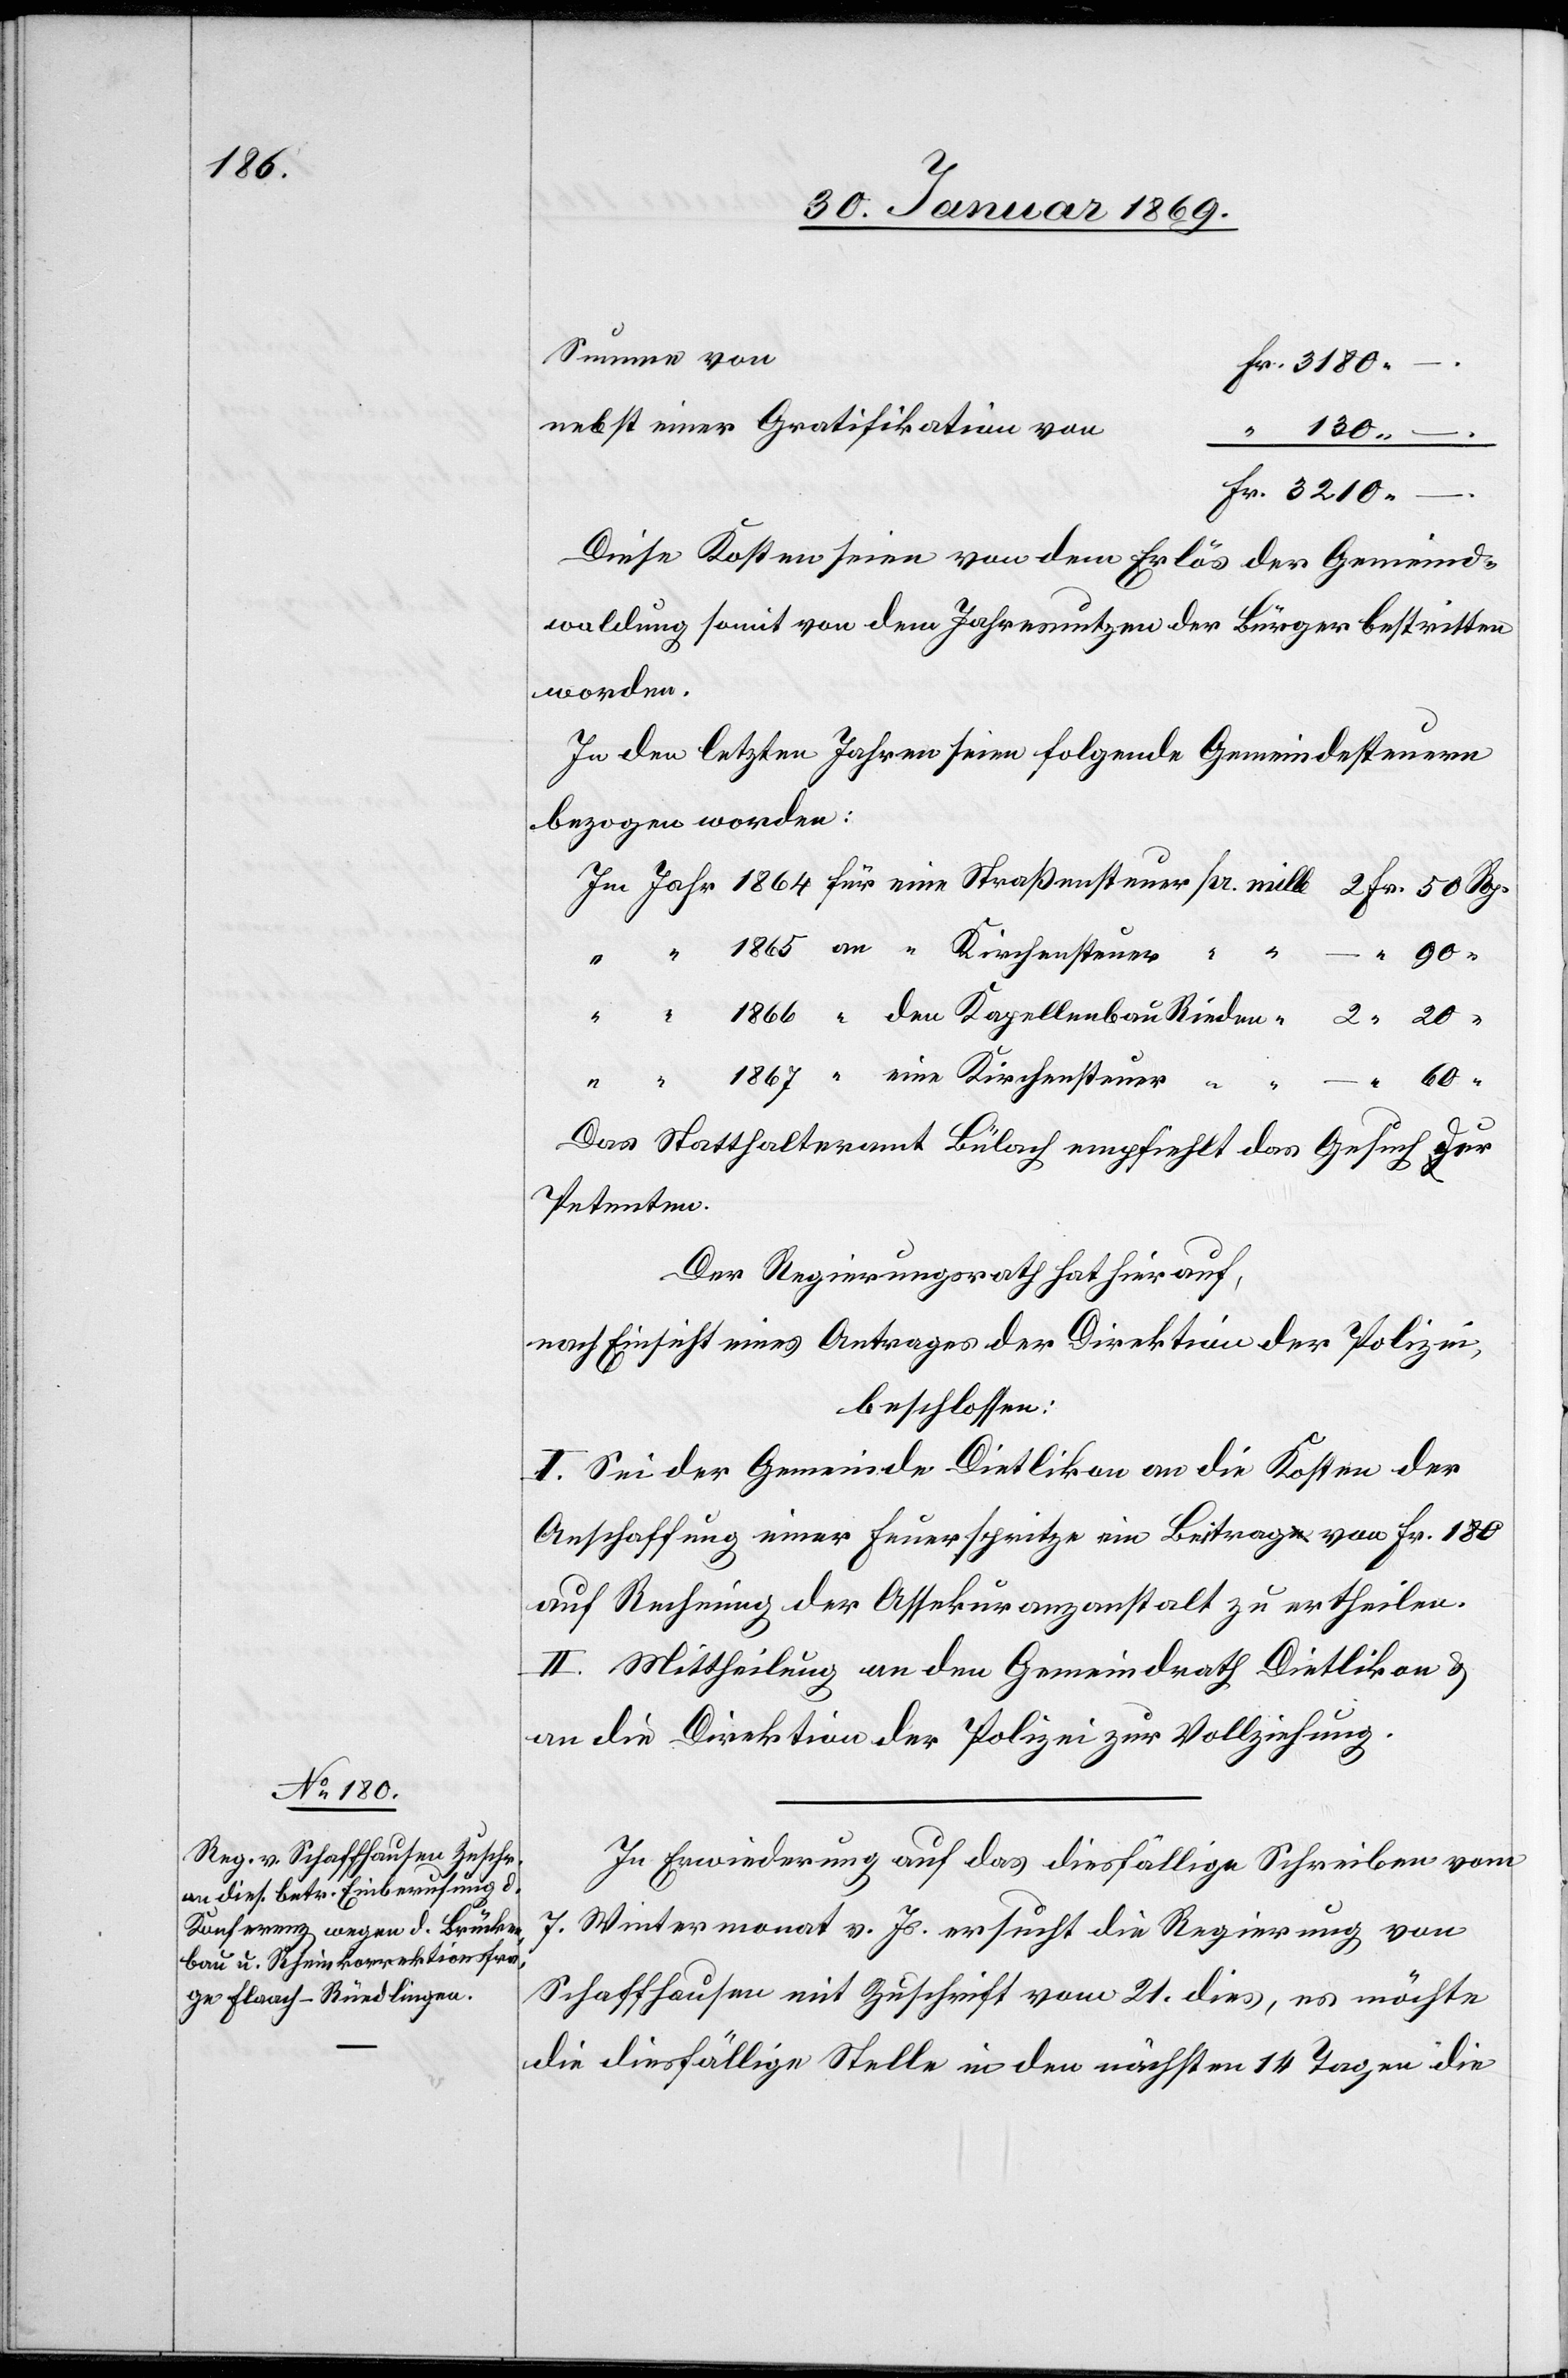
Summe von
Fr. 3180.
nebst einer Gratifikation vo¬
“ 130. –
Fr. 3210.
–
Diese Kosten seien von dem Erlös der Gemeinds¬
waldung somit von dem Jahresnutzen der Bürger bestritten
worden.
In den letzten Jahren seien folgende Gemeindssteuern
bezogen worden:
Im Jahr 1864 für eine Straßensteuer pr. mille 		2 Fr. 50 Rp.
Das Statthalteramt Bülach empfiehlt das Gesuch der
Petenten.
Der Regierungsrath hat hierauf,
nach Einsicht eines Antrages der Direktion der Polizei,
beschlossen:
I. Sei der Gemeinde Dietlikon an die Kosten der
Anschaffung einer Feuerspritze ein Beitrag von Fr. 180
auf Rechnung der Assekuranzanstalt zu ertheilen.
II. Mittheilung an den Gemeindrath Dietlikon u.
an die Direktion der Polizei zur Vollziehung.
In Erwiederung auf das diesfällige Schreiben vom
7. Wintermonat v. Js. ersucht die Regierung von
Schaffhausen mit Zuschrift vom 21. dies, es möchte
die diesfällige Stelle in den nächsten 14 Tagen die